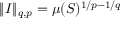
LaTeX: \| I \| _ { q , p } = \mu ( S ) ^ { 1 / p - 1 / q }